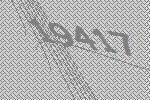
19417